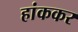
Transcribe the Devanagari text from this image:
हांककर